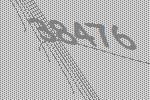
38476